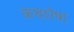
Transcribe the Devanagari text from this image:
कथारेषा